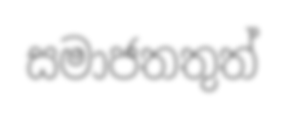
සමාජතතුත්